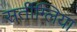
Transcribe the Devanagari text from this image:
सर्तीग्लिया